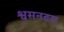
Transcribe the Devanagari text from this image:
श्वसनदर।